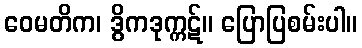
ဝေမတိက၊ ဒွိကဒုက္ကဋ်။ ပြောပြစမ်းပါ။